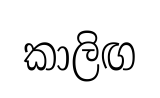
කාලිඟ